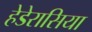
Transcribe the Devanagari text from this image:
हेडेरासिया